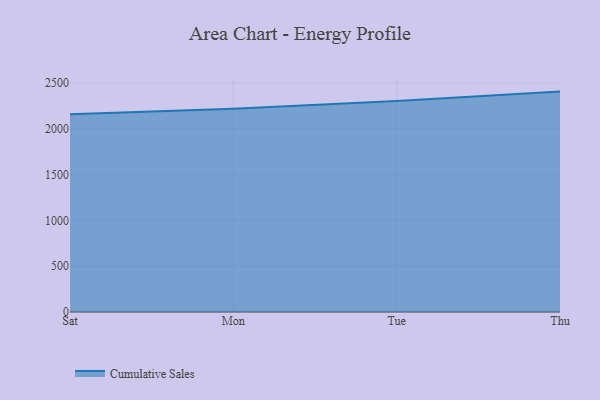
{"axis": {"x": "Day", "y": "Gross Profit (USD K)"}, "legend": ["Cumulative Sales"], "data": [{"x": "Sat", "y": 2157.6, "type": "Cumulative Sales"}, {"x": "Mon", "y": 2217.0, "type": "Cumulative Sales"}, {"x": "Tue", "y": 2301.1, "type": "Cumulative Sales"}, {"x": "Thu", "y": 2404.6, "type": "Cumulative Sales"}]}